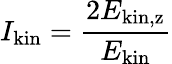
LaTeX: I_{\mathrm{kin}}=\frac{2E_{\mathrm{kin,z}}}{E_{\mathrm{kin}}}